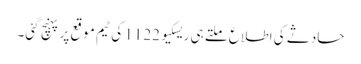
حادثے کی اطلاع ملتے ہی ریسکیو 1122 کی ٹیم موقع پر پہنچ گئی۔